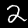
Digit: 2